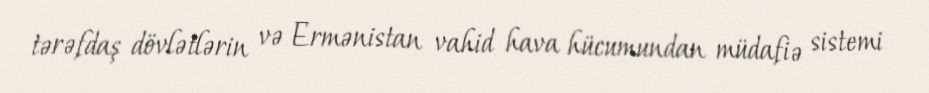
tərəfdaş dövlətlərin və Ermənistan vahid hava hücumundan müdafiə sistemi